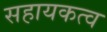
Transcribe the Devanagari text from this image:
सहायकत्व